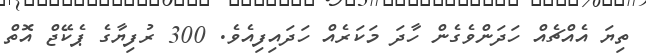
ތިޔަ އެއްޗެއް ހަދަންވެގެން ހާދަ މަކަރެއް ހަދައިފިއެވެ. 300 ރުފިޔާގެ ޕެކޭޖް އޮތް